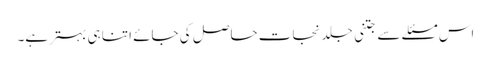
اس مسئلے سے جتنی جلد نجات حاصل کی جائے اتنا ہی بہتر ہے۔